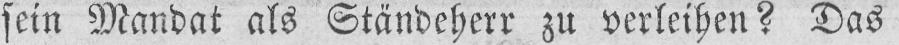
sein Mandat als Ständeherr zu verleihen? Das